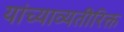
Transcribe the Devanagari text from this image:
यांच्याव्यतीरिक्त